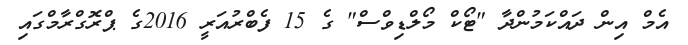
އެމް އިން ދައްކަމުންދާ "ޓޯކް މޯލްޑިވްސް" ގެ 15 ފެބްރުއަރީ 2016ގެ ޕްރޮގްރާމްގައި